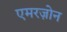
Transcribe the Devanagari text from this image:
एमरज़ोन